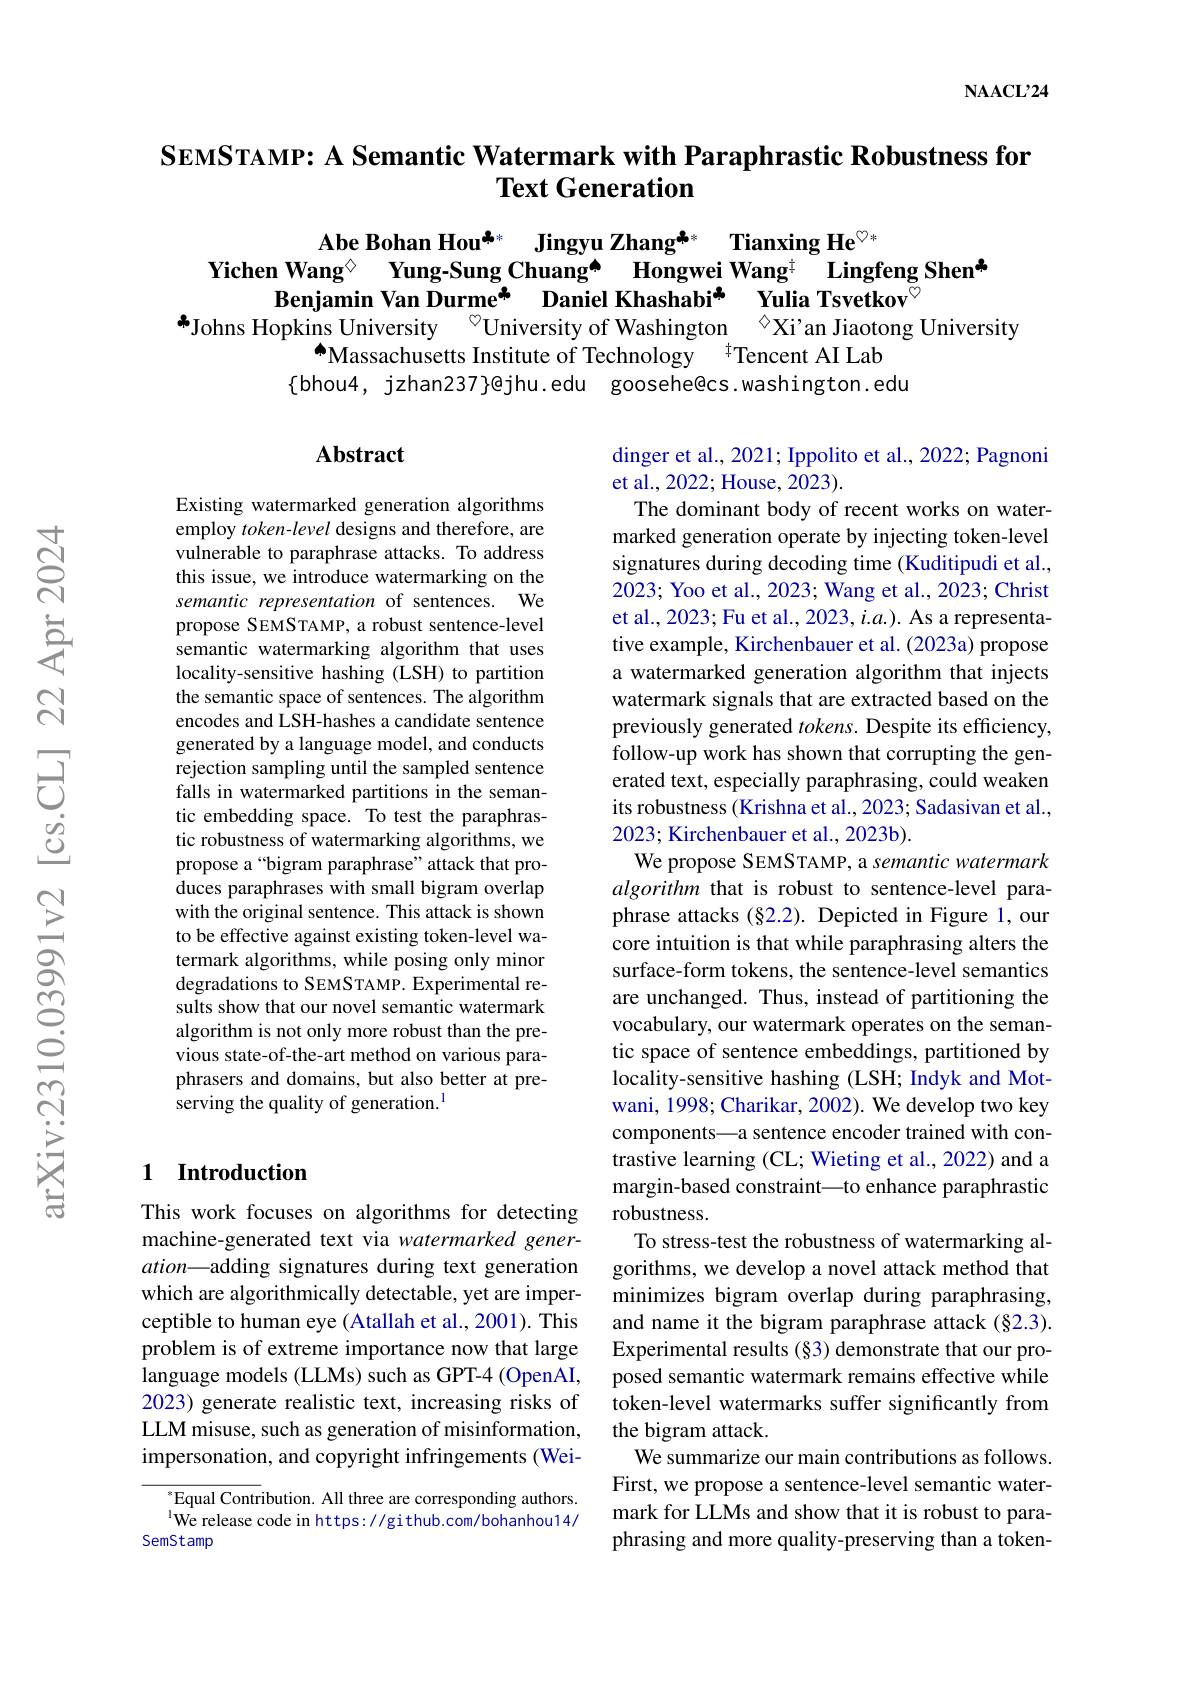
$\mathbf{NAACL}$24

### SEMSTAMP: A Semantic Watermark with Paraphrastic Robustness for $\textbf{Text Generation}$

$\textbf{Abe Bohan Hou}^{\clubsuit * }$ $\textbf{Jingyu Zhang}^{\clubsuit * }$ $\textbf{Tianxing He}^{\heartsuit * }$
Yichen Wang$^{\textcircled{\circ}}$ Yung-Sung Chuang[INDEX] Hongwei Wang$^{\textcircled{+}}$ Lingfeng Shen$^{\textcircled{\circ}}$
$\bar{\text{Benjamin Van Durme}^* }$ $\bar{\text{Daniel Khashabi}^* }$ $\bar{\textbf{Yulia Tsvetkov}^{\circ }}$
$^{*}$Johns Hopkins University $^{\textcircled{\mathrm{o}}}$University of Washington$_{-1}^{\textcircled{\mathrm{o}}}$Xi’an Jiaotong University

$\tilde{\text{Massachusetts Institute of Technology}}$ Tencent AI Lab
$\{$bhou4, jzhan237}gejhu.edu goosehe@cs.washington.edu

### $\mathbf{Abstract}$

Existing watermarked generation algorithms employ token-level designs and therefore, are vulnerable to paraphrase attacks. To address this issue, we introduce watermarking on the semantic representation of sentences. We propose SEMSTAMP, a robust sentence-level semantic watermarking algorithm that uses locality-sensitive hashing (LSH) to partition the semantic space of sentences. The algorithm encodes and LSH-hashes a candidate sentence generated by a language model, and conducts rejection sampling until the sampled sentence falls in watermarked partitions in the semantic embedding space. To test the paraphrastic robustness of watermarking algorithms, we propose a“bigram paraphrase”attack that produces paraphrases with small bigram overlap with the original sentence. This attack is shown to be effective against existing token-level watermark algorithms, while posing only minor degradations to SEMSTAMP. Experimental results show that our novel semantic watermark algorithm is not only more robust than the previous state-of-the-art method on various paraphrasers and domains, but also better at preserving the quality of generation.$^{1}$

dinger et al., 2021; Ippolito et al., 2022; Pagnoni
et al., 2022; House, 2023).
The dominant body of recent works on watermarked generation operate by injecting token-level signatures during decoding time (Kuditipudi et al., 2023; Yoo et al., 2023; Wang et al., 2023; Christ et al., 2023; Fu et al., 2023, $i.a.).$ As a representative example, Kirchenbauer et al. (2023a) propose a watermarked generation algorithm that injects watermark signals that are extracted based on the previously generated $tokens.$ Despite its efficiency, follow-up work has shown that corrupting the generated text, especially paraphrasing, could weaken its robustness (Krishna et al., 2023; Sadasivan et al., 2023; Kirchenbauer et al., 2023b).
We propose SEMSTAMP, a semantic watermark algorithm that is robust to sentence-level paraphrase attacks (§2.2). Depicted in Figure 1, our core intuition is that while paraphrasing alters the surface-form tokens, the sentence-level semantics are unchanged. Thus, instead of partitioning the vocabulary, our watermark operates on the semantic space of sentence embeddings, partitioned by locality-sensitive hashing (LSH; Indyk and Motwani, 1998; Charikar, 2002). We develop two key components—a sentence encoder trained with contrastive learning (CL; Wieting et al., 2022) and a margin-based constraint\_to enhance paraphrastic robustness.
To stress-test the robustness of watermarking algorithms, we develop a novel attack method that minimizes bigram overlap during paraphrasing, and name it the bigram paraphrase attack (§2.3). Experimental results (§3) demonstrate that our pro-
language models (LLMs) such as GPT-4 (OpenAI, posed semantic watermark remains effective while
token-level watermarks suffer significantly from
the bigram attack.
We summarize our main contributions as follows. First, we propose a sentence-level semantic watermark for LLMs and show that it is robust to paraphrasing and more quality-preserving than a token-

### 1 Introduction

This work focuses on algorithms for detecting machine-generated text via watermarked generation—adding signatures during text generation which are algorithmically detectable, yet are imperceptible to human eye (Atallah et al., 2001). This problem is of extreme importance now that large 2023) generate realistic text, increasing risks of LLM misuse, such as generation of misinformation, impersonation, and copyright infringements (Wei-

${^*\text{Equal Contri}}$bution. All three are corresponding authors. $^{\mathrm{l}}$We release code in https://gi thub.com/bohanhou14/
SemStamp